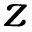
z